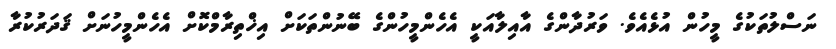
ނަސްލުތަކުގެ މީހުން އުޅެއެވެ. ވަރުދާންގެ އާއިލާއަކީ އެހެންމީހުންގެ ބޭނުންތަކަށް އިޚްތިރާމްކޮށް އެހެންމީހުނަށް ޤަދަރުކުރާ